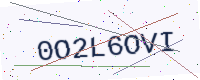
Text: 0O2L6OVI